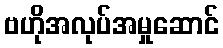
ဗဟိုအလုပ်အမှုဆောင်